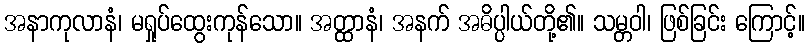
အနာကုလာနံ၊ မရှုပ်ထွေးကုန်သော။ အတ္ထာနံ၊ အနက် အဓိပ္ပါယ်တို့၏။ သမ္တဝါ၊ ဖြစ်ခြင်း ကြောင့်။